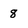
Character: 8